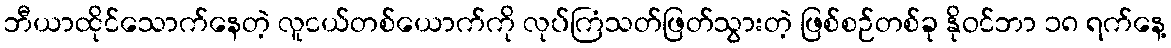
ဘီယာထိုင်သောက်နေတဲ့ လူငယ်တစ်ယောက်ကို လုပ်ကြံသတ်ဖြတ်သွားတဲ့ ဖြစ်စဉ်တစ်ခု နိုဝင်ဘာ ၁၈ ရက်နေ့